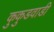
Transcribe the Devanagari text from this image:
कुकुडवाडी